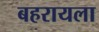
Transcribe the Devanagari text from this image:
बहरायला